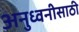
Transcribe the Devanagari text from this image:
अनुध्वनीसाठी